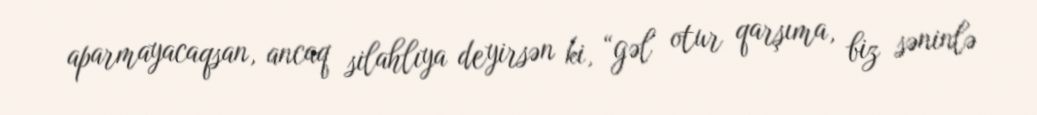
aparmayacaqsan, ancaq silahlıya deyirsən ki, “gəl otur qarşıma, biz səninlə